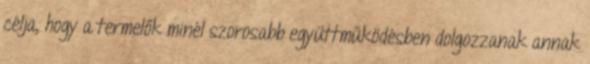
célja, hogy a termelők minél szorosabb együttműködésben dolgozzanak annak